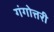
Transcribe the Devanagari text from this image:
गंगोत्तरी